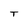
Character: T